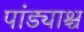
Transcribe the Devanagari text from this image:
पांड्याश्च